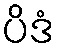
ပိဒံ